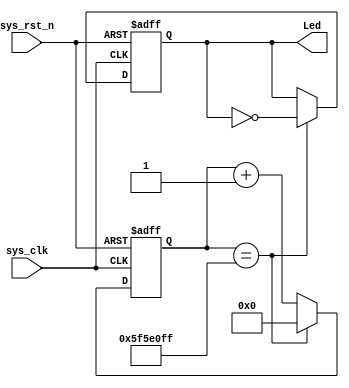
`timescale 1ns / 1ns
//////////////////////////////////////////////////////////////////////////////////
// Company: 
// Engineer: 
// 
// Design Name: 
// Module Name: GPIO_test_1
// Project Name: 
// Target Devices: 
// Tool Versions: 
// Description: 
// 
// Dependencies: 
// 
// Revision:
// Revision 0.01 - File Created
// Additional Comments:
// 
//////////////////////////////////////////////////////////////////////////////////


module GPIO_test_1(
    sys_clk,
    sys_rst_n,
    Led
    );

    input sys_clk;
    input sys_rst_n;
    output reg [1:0] Led;

    parameter sys_clk_num = 100_000_000;
    reg [32:0] clk_cnt;

    // 
    always @(posedge sys_clk or negedge sys_rst_n) begin
        if(!sys_rst_n)
            clk_cnt <= 0;
        // 
        else if(clk_cnt == sys_clk_num - 1)
            clk_cnt <= 0;
        else
            clk_cnt <= clk_cnt + 1;
    end
    // Led       
        always @(posedge sys_clk or negedge sys_rst_n) begin
        if(!sys_rst_n)
            Led <= 0;
        else if(clk_cnt == sys_clk_num - 1)
            Led <= ~Led;
        else
            Led <= Led;
        end

endmodule